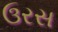
ઉરસ